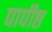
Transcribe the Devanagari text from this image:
पापीष्ठ